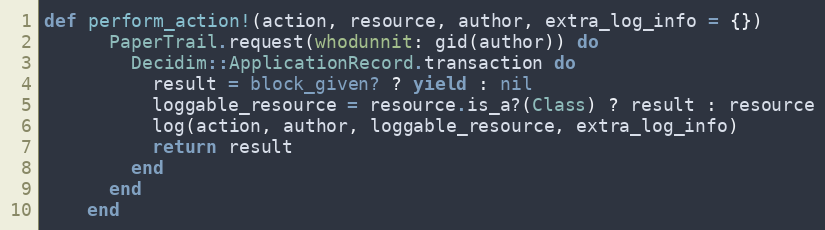
Language: Ruby
def perform_action!(action, resource, author, extra_log_info = {})
      PaperTrail.request(whodunnit: gid(author)) do
        Decidim::ApplicationRecord.transaction do
          result = block_given? ? yield : nil
          loggable_resource = resource.is_a?(Class) ? result : resource
          log(action, author, loggable_resource, extra_log_info)
          return result
        end
      end
    end